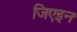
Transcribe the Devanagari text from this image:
जिएइन